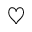
\heartsuit